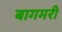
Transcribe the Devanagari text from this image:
बागमरी